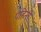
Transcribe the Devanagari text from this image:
पहिनी